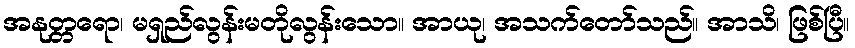
အနုတ္တရော၊ မရှည်လွန်းမတိုလွန်းသော။ အာယု၊ အသက်တော်သည်။ အာသိ၊ ဖြစ်ပြီ။